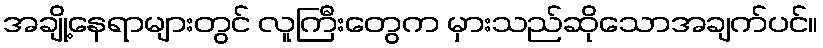
အချို့နေရာများတွင် လူကြီးတွေက မှားသည်ဆိုသောအချက်ပင်။